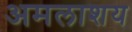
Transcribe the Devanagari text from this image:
अमलाशय